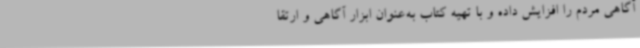
آگاهی مردم را افزایش داده و با تهیه کتاب به‌عنوان ابزار آگاهی و ارتقا